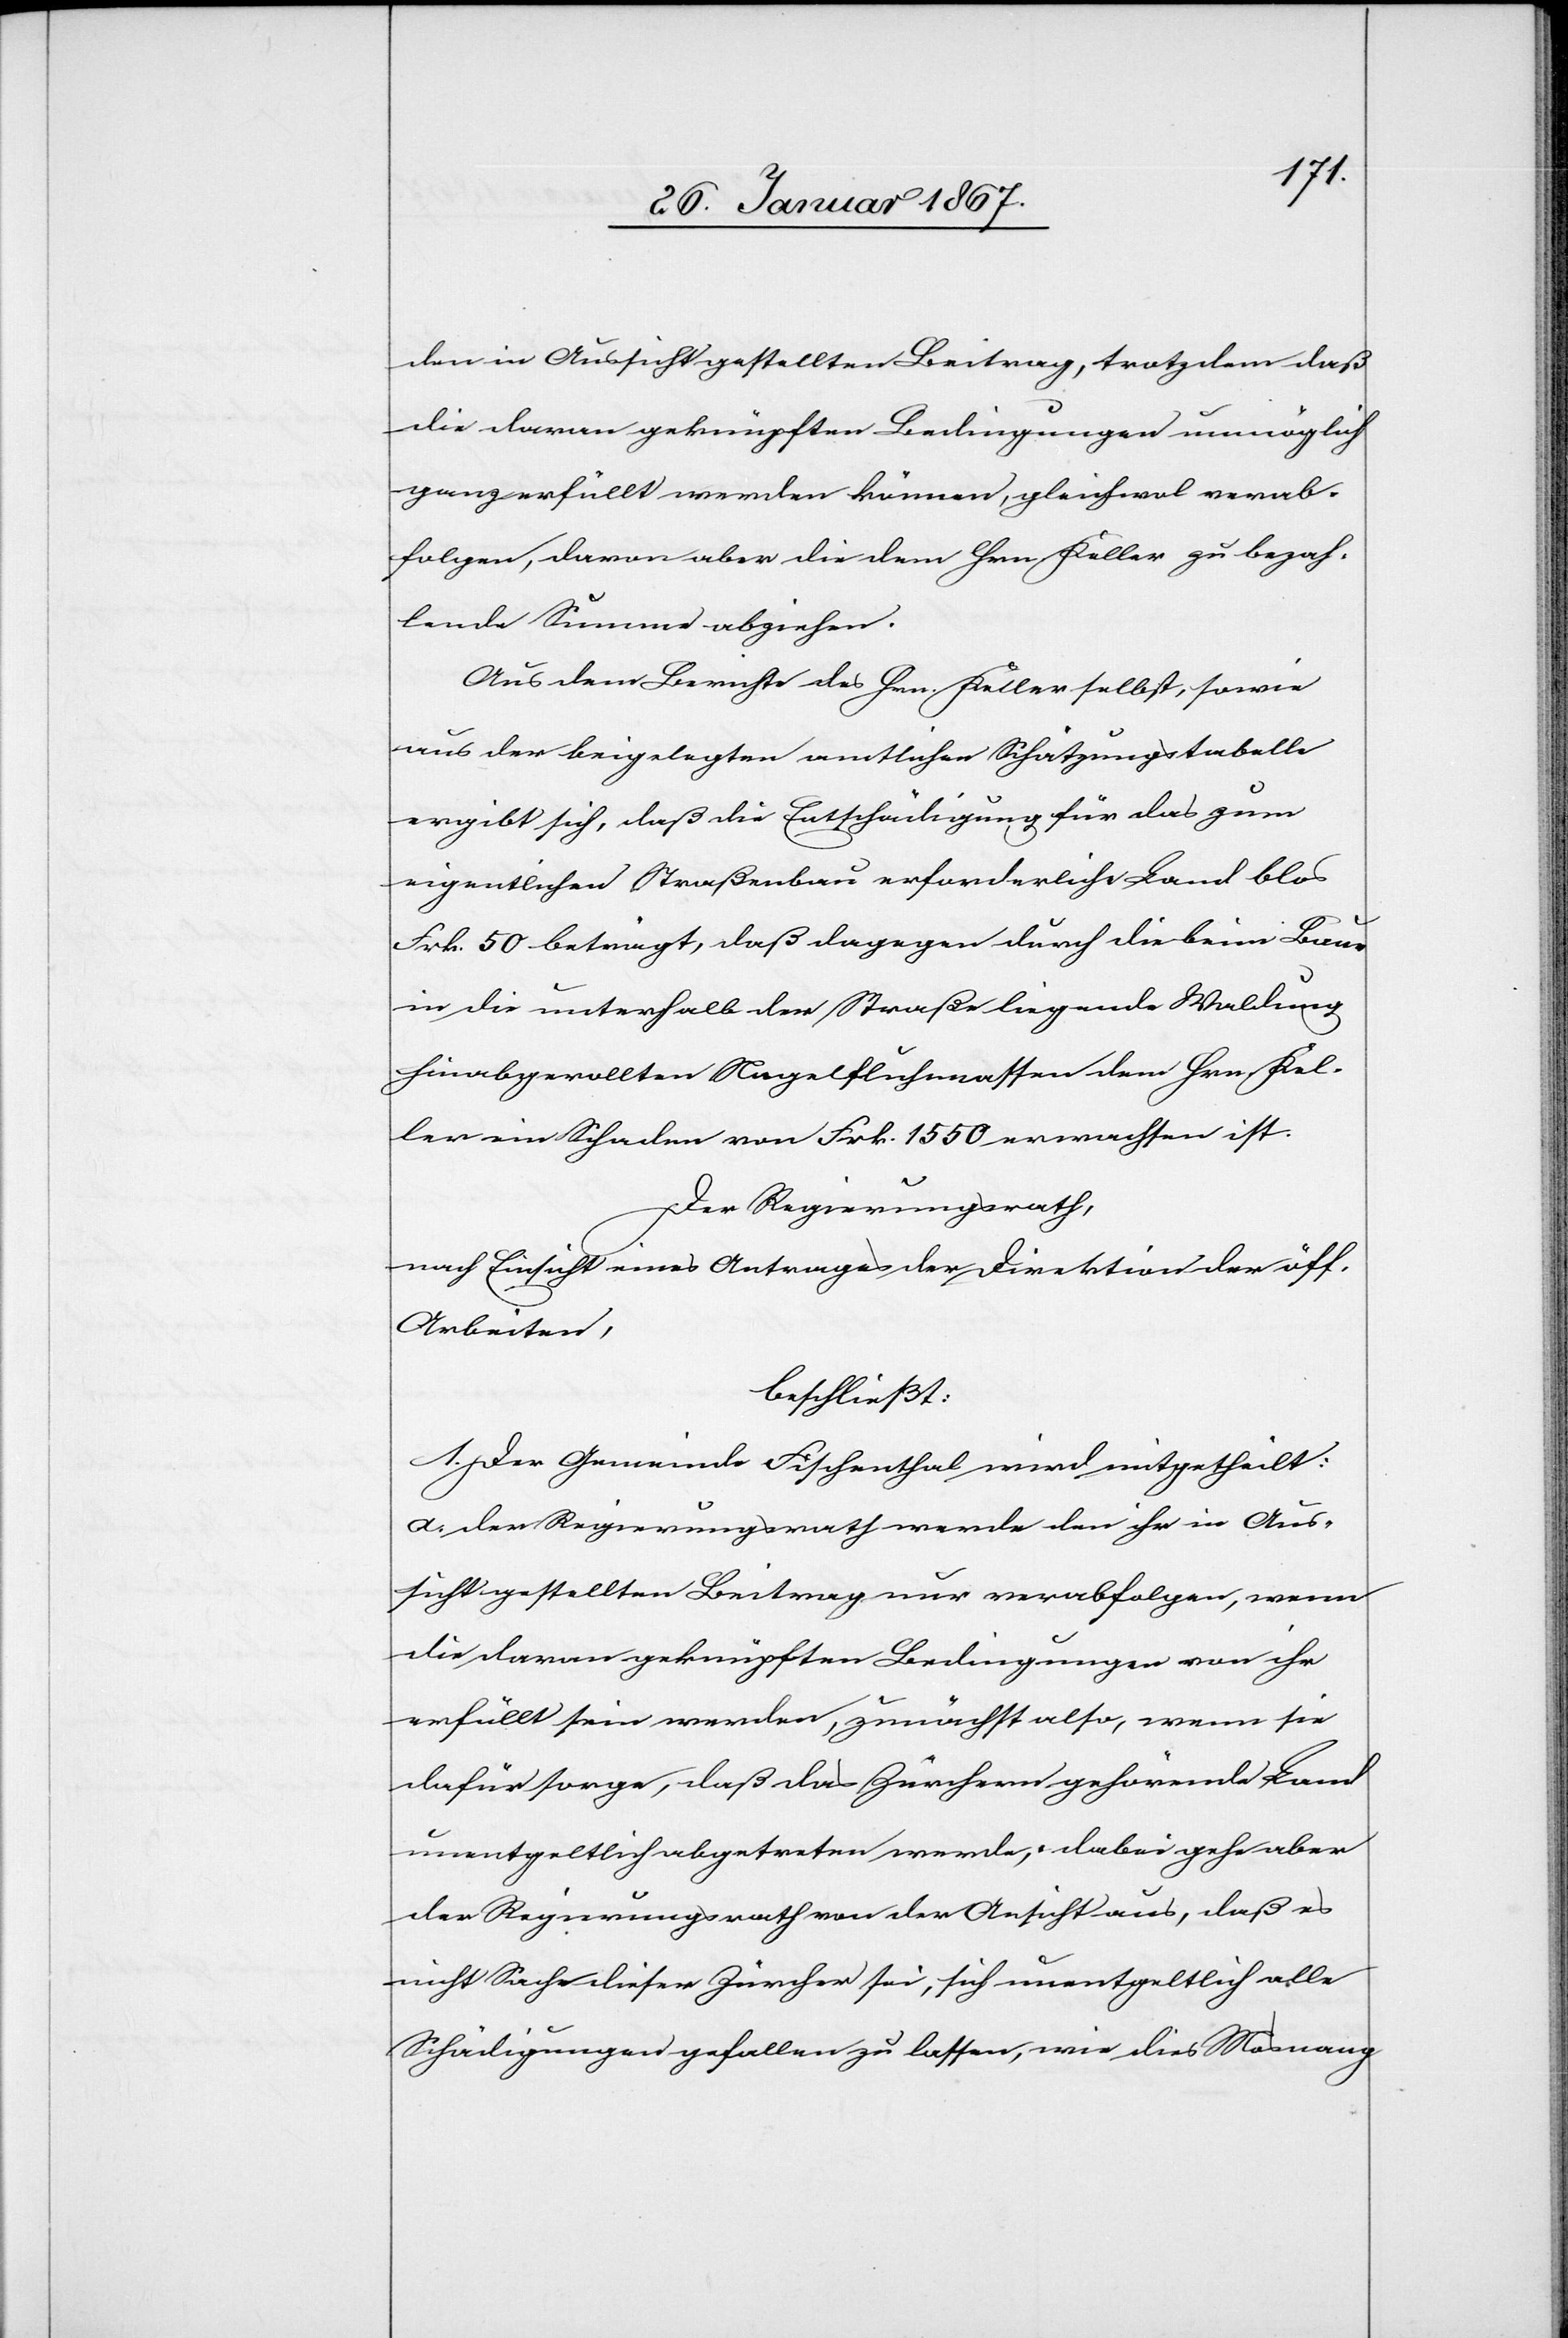
den in Aussicht gestellten Beitrag, trotzdem daß
die daran geknüpften Bedingungen unmöglich
ganz erfüllt werden können, gleichwol verab¬
folgen, daran aber die dem Hrn Keller zu bezah¬
lende Summe abziehen.
Aus dem Berichte des Hrn. Keller selbst, sowie
aus der beigelegten amtlichen Schätzungstabelle
ergibt sich, daß die Entschädigung für das zum
eigentlichen Straßenbau erforderliche Land blos
Frk. 50 beträgt, daß dagegen durch die beim Bau
in die unterhalb der Straße liegende Waldung
hinabgerollten Nagelfluhmassen dem Hrn. Kel¬
ler ein Schaden von Frk. 1550 erwachsen ist.
Der Regierungsrath,
nach Einsicht eines Antrages der Direktion der öff.
Arbeiten,
beschließt
1. Der Gemeinde Fischenthal wird mitgetheilt:
a. der Regierungsrath werde den ihr in Aus¬
sicht gestellten Beitrag nur verabfolgen, wenn
die daran geknüpften Bedingungen von ihr
erfüllt sein werden, zunächst also, wenn sie
dafür sorge, daß das Zürchern gehörende Land
unentgeltlich abgetreten werde; dabei gehe aber
der Regierungsrath von der Ansicht aus, daß es
nicht Sache dieser Zürcher sei, sich unentgeltlich alle
Schädigungen gefallen zu lassen, wie dies Mosnang